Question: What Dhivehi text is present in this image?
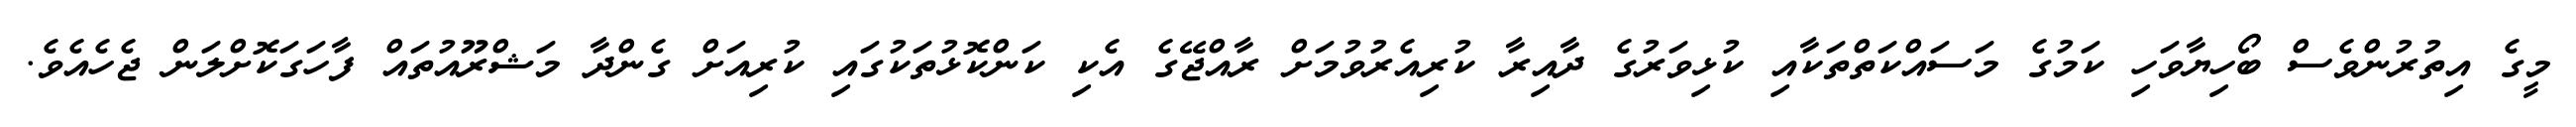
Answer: މީގެ އިތުރުންވެސް ބޯހިޔާވަހި ކަމުގެ މަސައްކަތްތަކާއި ކުޅިވަރުގެ ދާއިރާ ކުރިއެރުވުމަށް ރާއްޖޭގެ އެކި ކަންކޮޅުތަކުގައި ކުރިއަށް ގެންދާ މަޝްރޫއުތައް ފާހަގަކޮށްލަން ޖެހެއެވެ.